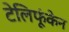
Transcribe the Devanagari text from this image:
टेलिफूंकेन